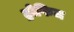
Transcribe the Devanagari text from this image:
ट्रोफिज